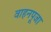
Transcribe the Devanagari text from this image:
वाहनपूजा